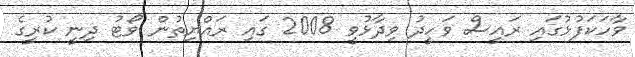
ވާހަކަފުޅުގައި ރައީސް ވަހީދު ވިދާޅުވީ 2008 ގައި ރައްޔިތުން ވޯޓު ދިނީ ކުރީގެ